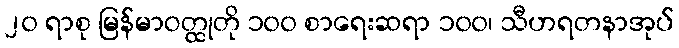
၂၀ ရာစု မြန်မာဝတ္ထုတို ၁၀၀ စာရေးဆရာ ၁၀၀၊ သီဟရတနာအုပ်